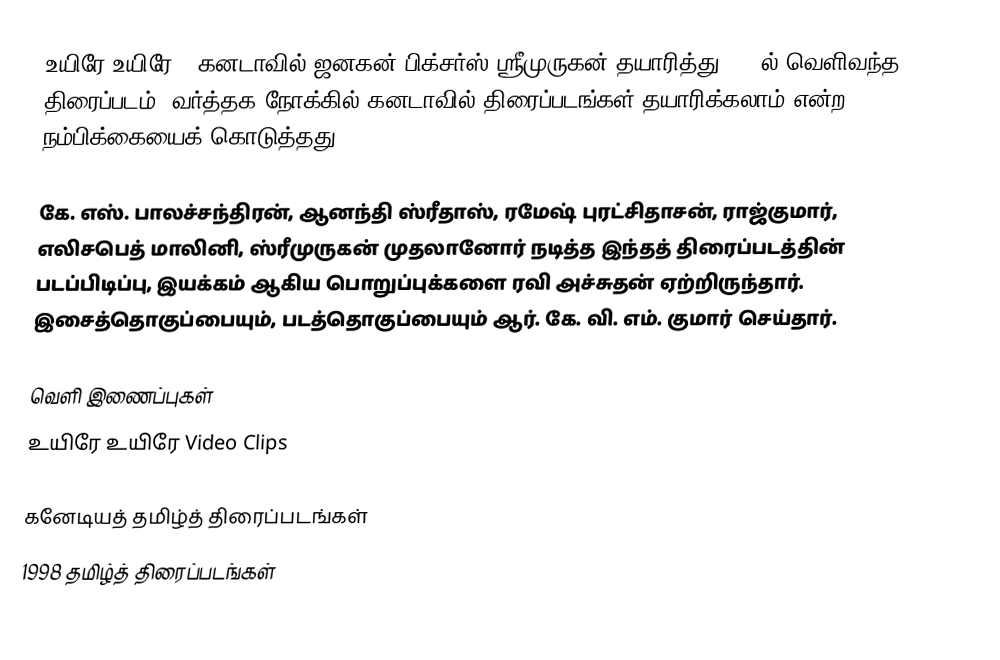
உயிரே உயிரே - கனடாவில் ஜனகன் பிக்சர்ஸ் ஸ்ரீமுருகன் தயாரித்து 1998ல் வெளிவந்த திரைப்படம். வர்த்தக நோக்கில் கனடாவில் திரைப்படங்கள் தயாரிக்கலாம் என்ற நம்பிக்கையைக் கொடுத்தது.

கே. எஸ். பாலச்சந்திரன்,  ஆனந்தி ஸ்ரீதாஸ், ரமேஷ் புரட்சிதாசன், ராஜ்குமார், எலிசபெத் மாலினி, ஸ்ரீமுருகன் முதலானோர் நடித்த இந்தத் திரைப்படத்தின் படப்பிடிப்பு, இயக்கம் ஆகிய பொறுப்புக்களை ரவி அச்சுதன் ஏற்றிருந்தார். இசைத்தொகுப்பையும், படத்தொகுப்பையும் ஆர். கே. வி. எம். குமார் செய்தார்.

வெளி இணைப்புகள்
உயிரே உயிரே Video Clips

கனேடியத் தமிழ்த் திரைப்படங்கள்
1998 தமிழ்த் திரைப்படங்கள்